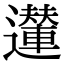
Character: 𨘪